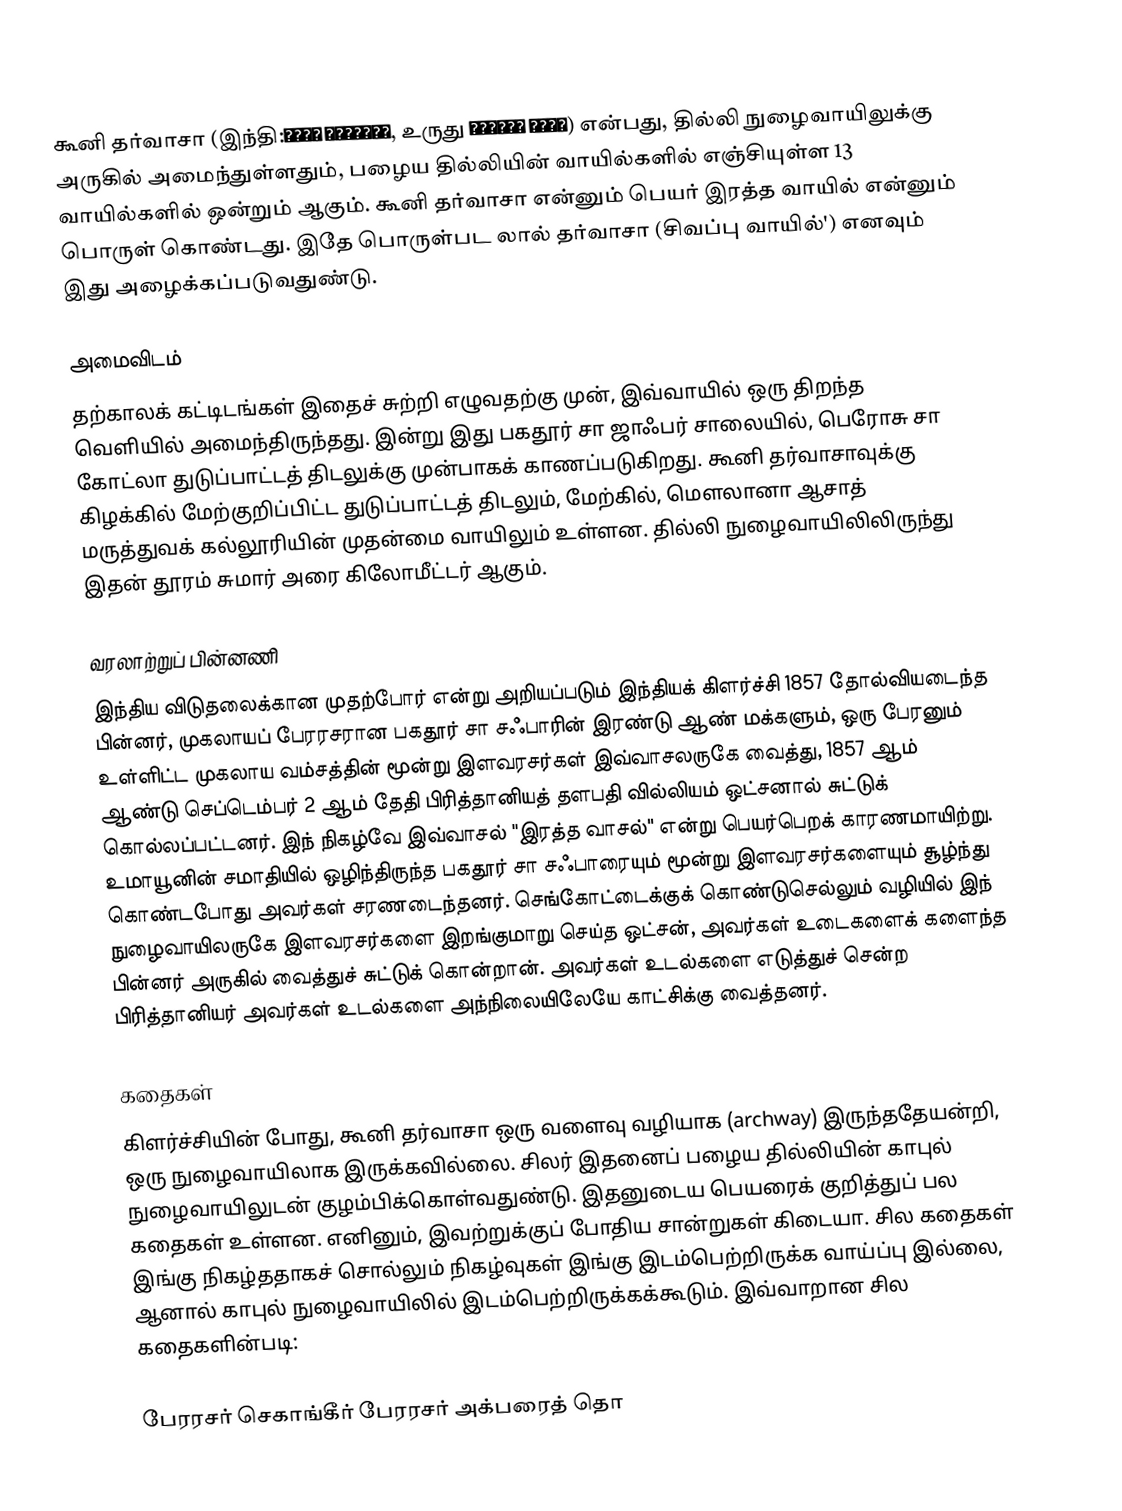
கூனி தர்வாசா (இந்தி:खूनी दरवाज़ा, உருது خونی دروازہ) என்பது, தில்லி நுழைவாயிலுக்கு அருகில் அமைந்துள்ளதும், பழைய தில்லியின் வாயில்களில் எஞ்சியுள்ள 13 வாயில்களில் ஒன்றும் ஆகும். கூனி தர்வாசா என்னும் பெயர் இரத்த வாயில் என்னும் பொருள் கொண்டது. இதே பொருள்பட லால் தர்வாசா (சிவப்பு வாயில்') எனவும் இது அழைக்கப்படுவதுண்டு.

அமைவிடம்
தற்காலக் கட்டிடங்கள் இதைச் சுற்றி எழுவதற்கு முன், இவ்வாயில் ஒரு திறந்த வெளியில் அமைந்திருந்தது. இன்று இது பகதூர் சா ஜாஃபர் சாலையில், பெரோசு சா கோட்லா துடுப்பாட்டத் திடலுக்கு முன்பாகக் காணப்படுகிறது. கூனி தர்வாசாவுக்கு கிழக்கில் மேற்குறிப்பிட்ட துடுப்பாட்டத் திடலும், மேற்கில், மௌலானா ஆசாத் மருத்துவக் கல்லூரியின் முதன்மை வாயிலும் உள்ளன. தில்லி நுழைவாயிலிலிருந்து இதன் தூரம் சுமார் அரை கிலோமீட்டர் ஆகும்.

வரலாற்றுப் பின்னணி
இந்திய விடுதலைக்கான முதற்போர் என்று அறியப்படும் இந்தியக் கிளர்ச்சி 1857 தோல்வியடைந்த பின்னர், முகலாயப் பேரரசரான பகதூர் சா சஃபாரின் இரண்டு ஆண் மக்களும், ஒரு பேரனும் உள்ளிட்ட முகலாய வம்சத்தின் மூன்று இளவரசர்கள் இவ்வாசலருகே வைத்து, 1857 ஆம் ஆண்டு செப்டெம்பர் 2 ஆம் தேதி பிரித்தானியத் தளபதி வில்லியம் ஒட்சனால் சுட்டுக் கொல்லப்பட்டனர். இந் நிகழ்வே இவ்வாசல் "இரத்த வாசல்" என்று பெயர்பெறக் காரணமாயிற்று. உமாயூனின் சமாதியில் ஒழிந்திருந்த பகதூர் சா சஃபாரையும் மூன்று இளவரசர்களையும் சூழ்ந்து கொண்டபோது அவர்கள் சரணடைந்தனர். செங்கோட்டைக்குக் கொண்டுசெல்லும் வழியில் இந் நுழைவாயிலருகே இளவரசர்களை இறங்குமாறு செய்த ஒட்சன், அவர்கள் உடைகளைக் களைந்த பின்னர் அருகில் வைத்துச் சுட்டுக் கொன்றான். அவர்கள் உடல்களை எடுத்துச் சென்ற பிரித்தானியர் அவர்கள் உடல்களை அந்நிலையிலேயே காட்சிக்கு வைத்தனர்.

கதைகள்
கிளர்ச்சியின் போது, கூனி தர்வாசா ஒரு வளைவு வழியாக (archway) இருந்ததேயன்றி, ஒரு நுழைவாயிலாக இருக்கவில்லை. சிலர் இதனைப் பழைய தில்லியின் காபுல் நுழைவாயிலுடன் குழம்பிக்கொள்வதுண்டு. இதனுடைய பெயரைக் குறித்துப் பல கதைகள் உள்ளன. எனினும், இவற்றுக்குப் போதிய சான்றுகள் கிடையா. சில கதைகள் இங்கு நிகழ்ததாகச் சொல்லும் நிகழ்வுகள் இங்கு இடம்பெற்றிருக்க வாய்ப்பு இல்லை, ஆனால் காபுல் நுழைவாயிலில் இடம்பெற்றிருக்கக்கூடும். இவ்வாறான சில கதைகளின்படி:

 பேரரசர் செகாங்கீர் பேரரசர் அக்பரைத் தொ